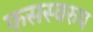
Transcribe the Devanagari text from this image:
फसस्वरुप